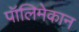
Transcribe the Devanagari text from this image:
पॉलिमेकान